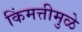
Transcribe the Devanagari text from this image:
किंमत्तीमुळे